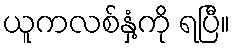
ယူကလစ်နှံ့ကို ရပြီ။